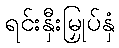
ရင်းနှီးမြှုပ်နှံ